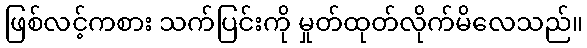
ဖြစ်လင့်ကစား သက်ပြင်းကို မှုတ်ထုတ်လိုက်မိလေသည်။